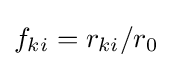
f_{ki}=r_{ki}/r_{0}